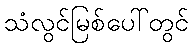
သံလွင်မြစ်ပေါ်တွင်